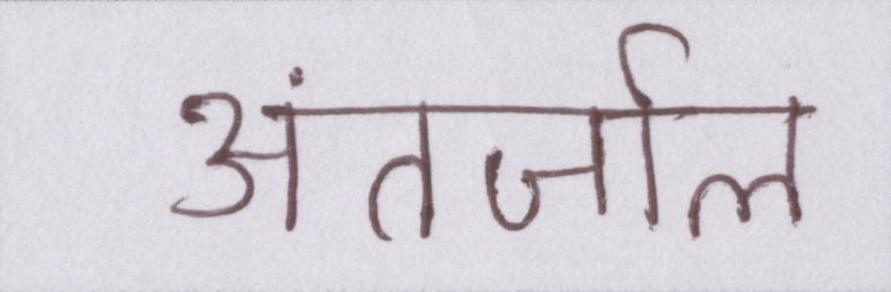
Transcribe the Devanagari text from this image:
अंतर्जाल